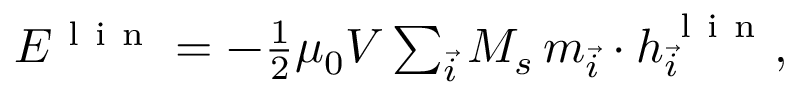
\begin{array} { r } { E ^ { \mathrm { ~ l ~ i ~ n ~ } } = - \frac { 1 } { 2 } \mu _ { 0 } V \sum _ { \vec { i } } M _ { s } \, \boldsymbol { m } _ { \vec { i } } \cdot \boldsymbol { h } _ { \vec { i } } ^ { \mathrm { ~ l ~ i ~ n ~ } } , } \end{array}